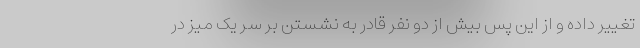
تغییر داده و از این پس بیش از دو نفر قادر به نشستن بر سر یک میز در